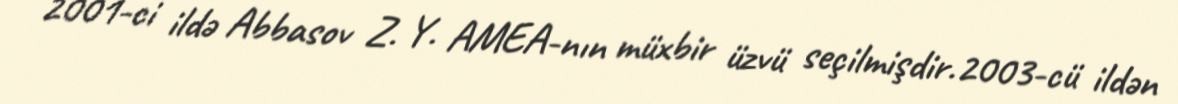
2001-ci ildə Abbasov Z. Y. AMEA-nın müxbir üzvü seçilmişdir.2003-cü ildən